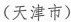
（天津市）